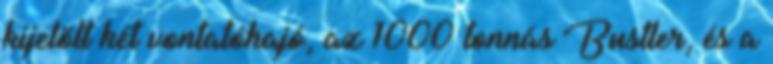
kijelölt két vontatóhajó, az 1000 tonnás Bustler, és a